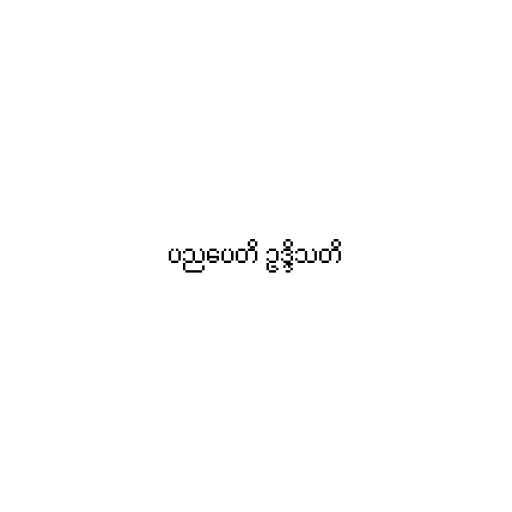
ပညပေတိ ဥဒ္ဒိသတိ